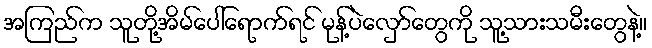
အကြည်က သူတို့အိမ်ပေါ်ရောက်ရင် မုန့်ပဲလှော်တွေကို သူ့သားသမီးတွေနဲ့။